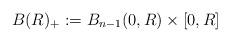
LaTeX: \begin{align*}B(R)_{+}:=B_{n-1}(0,R)\times[0,R]\end{align*}